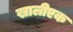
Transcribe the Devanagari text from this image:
खालीएक